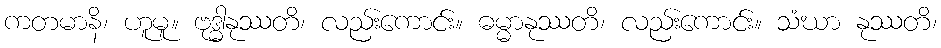
ကတမာနိ၊ ဟူမူ။ ဗုဒ္ဓါနုဿတိ၊ လည်းကောင်း။ ဓမ္မာနုဿတိ၊ လည်းကောင်း။ သံဃာ နုဿတိ၊